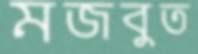
মজবুত